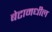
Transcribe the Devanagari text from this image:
बेटामधील